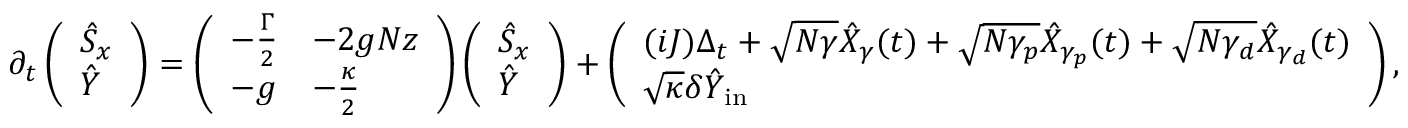
\partial _ { t } \left( \begin{array} { l } { \hat { S } _ { x } } \\ { \hat { Y } } \end{array} \right) = \left( \begin{array} { l l } { - \frac { \Gamma } { 2 } } & { - 2 g N z } \\ { - g } & { - \frac { \kappa } { 2 } } \end{array} \right) \left( \begin{array} { l } { \hat { S } _ { x } } \\ { \hat { Y } } \end{array} \right) + \left( \begin{array} { l } { ( i J ) \Delta _ { t } + \sqrt { N \gamma } \hat { X } _ { \gamma } ( t ) + \sqrt { N \gamma _ { p } } \hat { X } _ { \gamma _ { p } } ( t ) + \sqrt { N \gamma _ { d } } \hat { X } _ { \gamma _ { d } } ( t ) } \\ { \sqrt { \kappa } \delta \hat { Y } _ { \mathrm { i n } } } \end{array} \right) ,